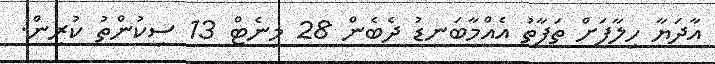
އާދަޔާ ހިލާފަށް ތަފާތު އެއްމާބަނޑު ދެބެން 28 މިނެޓް 13 ސިކުންތު ކުރިން.